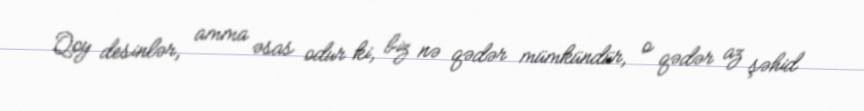
Qoy desinlər, amma əsas odur ki, biz nə qədər mümkündür, o qədər az şəhid